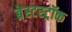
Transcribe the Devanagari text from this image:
ब्रेस्टस्ट्रॉक